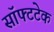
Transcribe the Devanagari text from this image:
सॉफ्टटेक